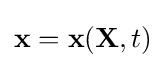
\mathbf {x} =\mathbf {x} (\mathbf {X} ,t)